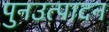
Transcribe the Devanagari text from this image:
पुनउत्पादन